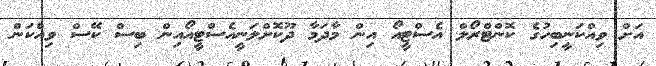
އަށް ވިއްކަނީބިހުގެ ކޮންޓްރޯލް އެސްޓީއޯ އިން މާދަމާ ދޫކޮށްލަނީއެސްޓީއޯއިން ބިސް ކޭސް ވިއްކަން